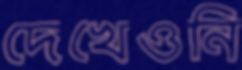
দেখেওনি